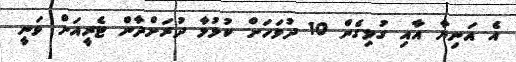
އެ އަނިޔާ އާއި ގުޅިގެން 10 ދުވަހަށް ކުޅުމާ ދުރަށްދާން ޓެރީއަށް ވަނީ